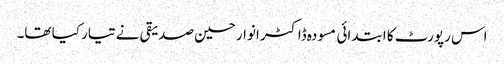
اس رپورٹ کا ابتدائی مسودہ ڈاکٹر انوار حسین صدیقی نے تیار کیا تھا۔